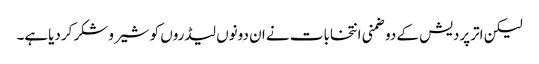
لیکن اترپردیش کے دوضمنی انتخابات نے ان دونوں لیڈروں کو شیروشکر کردیاہے۔